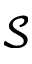
\mathcal { S }